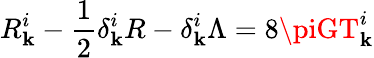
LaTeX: R_{\mathbf{k}}^{i}-\frac{{1}}{{2}}\delta_{\mathbf{k}}^{i}R-\delta_{\mathbf{k}}^{i}\Lambda=8\piGT_{\mathbf{k}}^{i}